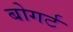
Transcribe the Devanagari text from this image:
बोगर्ट